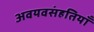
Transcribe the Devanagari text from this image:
अवयवसंहतियाँ